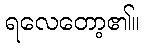
ရလေတော့၏။